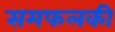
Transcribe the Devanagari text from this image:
समफलकी